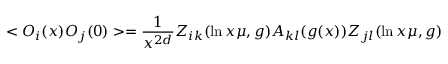
< { \cal O } _ { i } ( x ) { \cal O } _ { j } ( 0 ) > = { \frac { 1 } { x ^ { 2 d } } } Z _ { i k } ( \ln x \mu , g ) A _ { k l } ( g ( x ) ) Z _ { j l } ( \ln x \mu , g )